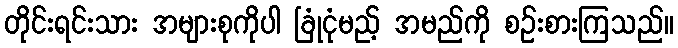
တိုင်းရင်းသား အများစုကိုပါ ခြုံငုံမည့် အမည်ကို စဉ်းစားကြသည်။